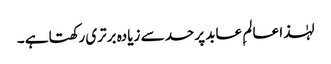
لہٰذا عالم ِ عابد پرحد سے زیادہ برتری رکھتاہے ۔